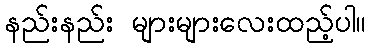
နည်းနည်း များများလေးထည့်ပါ။